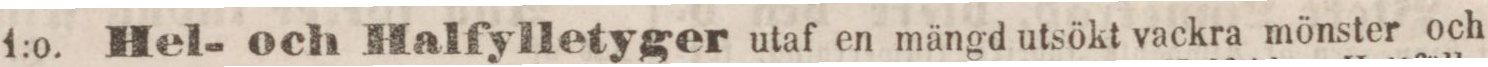
1:o. Hel- och Halfylletyger utaf en mängd utsökt vackra mönster och